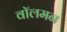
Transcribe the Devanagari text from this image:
वॉलमन